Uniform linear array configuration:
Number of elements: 64
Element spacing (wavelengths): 0.25
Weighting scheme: uniform
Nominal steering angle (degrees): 0
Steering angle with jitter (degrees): -0.2746
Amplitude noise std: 0.05
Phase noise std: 0.05

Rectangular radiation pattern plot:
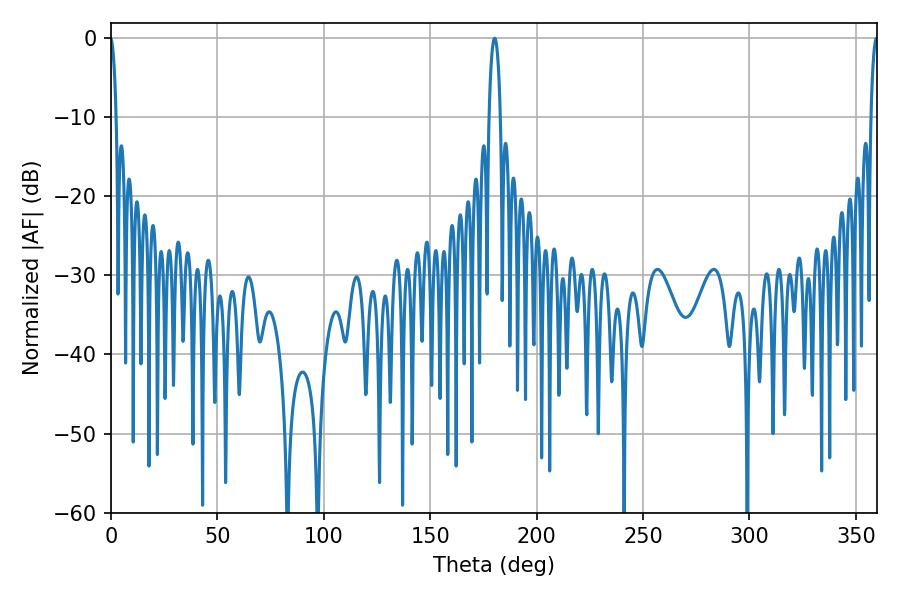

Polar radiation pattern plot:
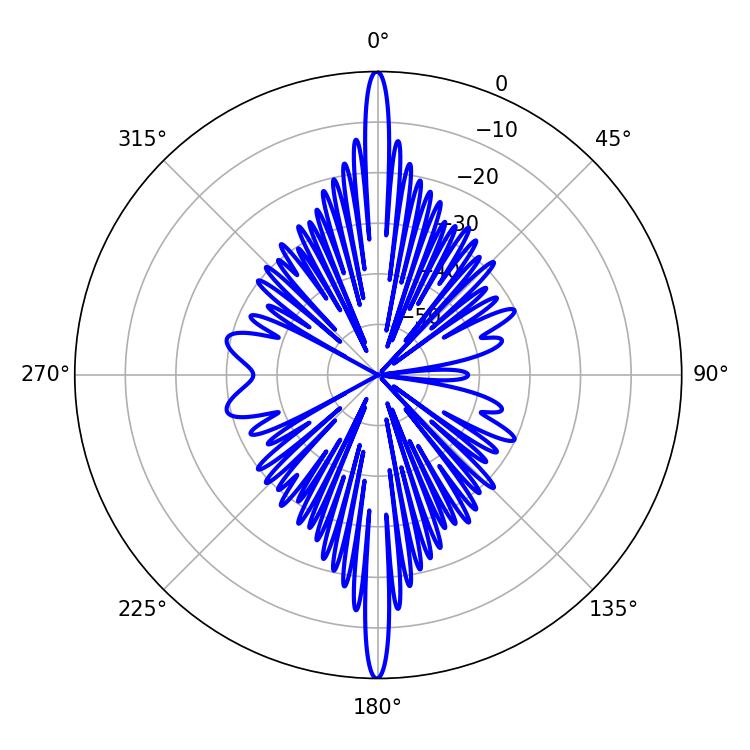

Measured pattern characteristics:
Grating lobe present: FALSE
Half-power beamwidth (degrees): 3.06
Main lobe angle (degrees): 180.36